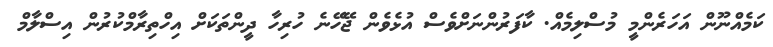
ކަމެއްނޫން އަހަރެންމީ މުސްލިމެއް. ކާފަރުންނަށްވެސް އުޅެވެން ޖޭހޭނެ ހުރިހާ ދީންތަކަށް އިހްތިރާމްކުރުން އިސްލާމް